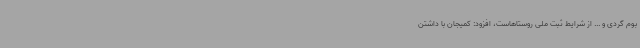
بوم گردی و ... از شرایط ثبت ملی روستاهاست، افزود: کمیجان با داشتن